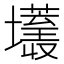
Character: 𰋂